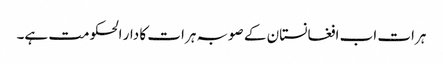
ہرات اب افغانستان کے صوبہ ہرات کا دار الحکومت ہے۔